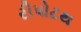
રીપોટથ